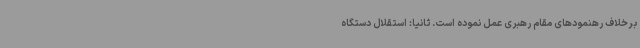
برخلاف رهنمودهای مقام رهبری عمل نموده است. ثانیاً: استقلال دستگاه